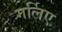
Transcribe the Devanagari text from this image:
गर्लिए